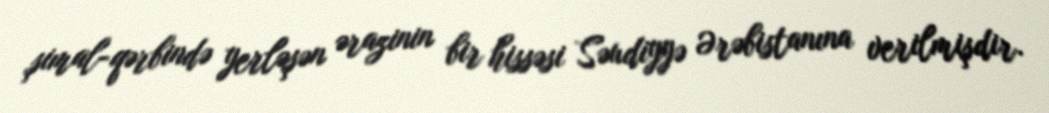
şimal-qərbində yerləşən ərazinin bir hissəsi Səudiyyə Ərəbistanına verilmişdir.